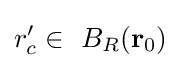
r'_{c}\in \ B_{R}(\mathbf {r} _{0})